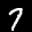
Label: 7